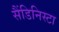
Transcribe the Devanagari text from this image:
सैंडिनिस्टा